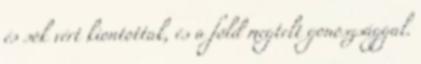
és sok vért kiontottak, és a föld megtelt gonoszsággal.